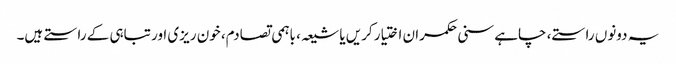
یہ دونوں راستے، چاہے سنی حکمران اختیار کریں یا شیعہ، باہمی تصادم، خون ریزی اور تباہی کے راستے ہیں۔